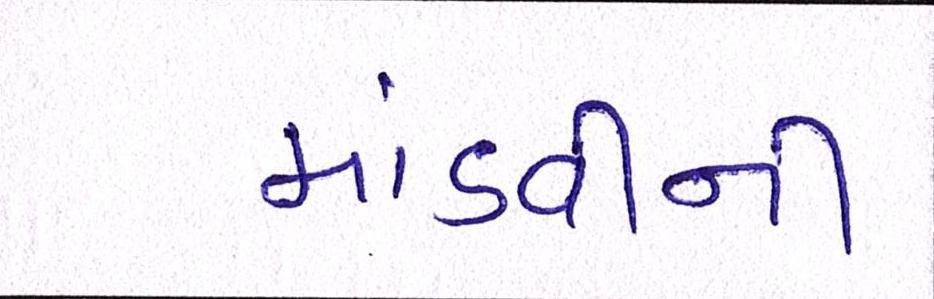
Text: માંડવીની